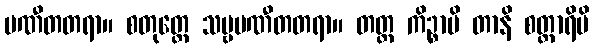
ပဏီတတရာ။ စတုတ္ထေ သဗ္ဗပဏီတတရာ။ တတ္ထ ကိဉ္စာပိ တာနိ စတ္တာရိပိ